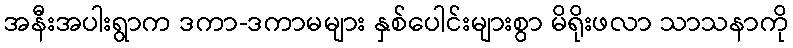
အနီးအပါးရွာက ဒကာ-ဒကာမများ နှစ်ပေါင်းများစွာ မိရိုးဖလာ သာသနာကို